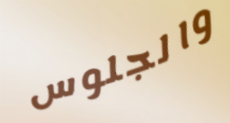
والجلوس